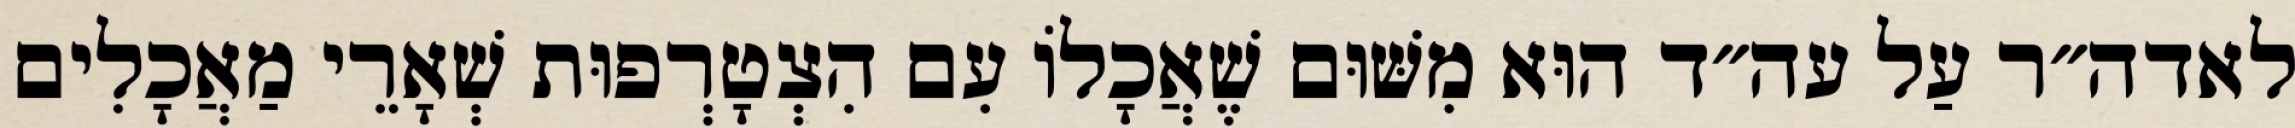
לאדה״ר עַל עה״ד הוּא מִשּׁוּם שֶׁאֲכָלוֹ עִם הִצְטָרְפוּת שְׁאָרֵי מַאֲכָלִים